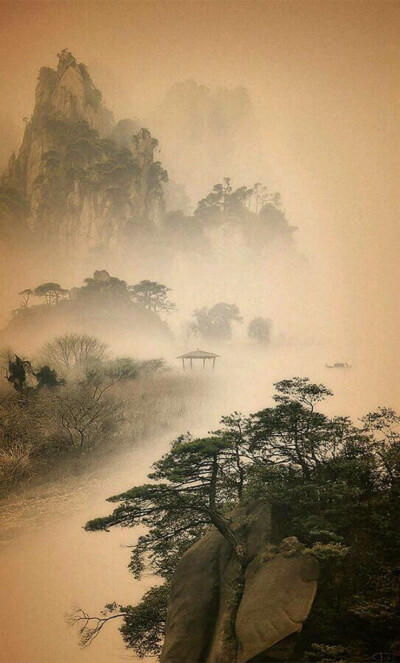
但远山长，云山乱，晓山青。